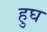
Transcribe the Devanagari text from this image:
हुघ